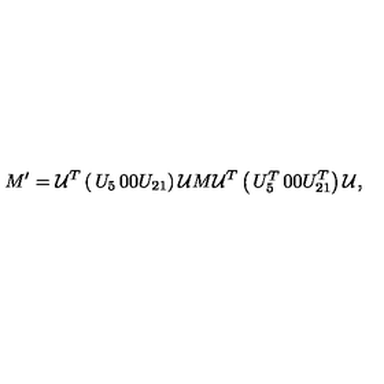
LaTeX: M ^ { \prime } = { \cal U } ^ { T } \left( \begin{matrix} { U _ { 5 } } & { 0 } \\ { 0 } & { U _ { 2 1 } } \\ \end{matrix} \right) { \cal U } M { \cal U } ^ { T } \left( \begin{matrix} { U _ { 5 } ^ { T } } & { 0 } \\ { 0 } & { U _ { 2 1 } ^ { T } } \\ \end{matrix} \right) { \cal U } ,